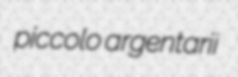
piccolo argentarii